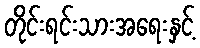
တိုင်းရင်းသားအရေးနှင့်